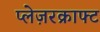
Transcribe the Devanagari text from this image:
प्लेज़रक्राफ्ट